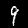
Label: 9